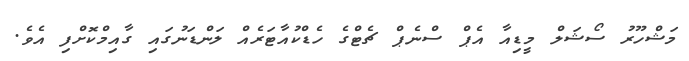
މަޝްހޫރު ސޯޝަލް މީޑިއާ އެޕް ސްނެޕް ޗެޓްގެ ހެޑްކުއާޓަރެއް ލަންޑަނުގައި ގާއިމްކޮށްފި އެވެ.